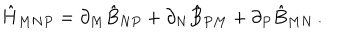
LaTeX: \hat { H } _ { M N P } = \partial _ { M } \hat { B } _ { N P } + \partial _ { N } \hat { B } _ { P M } + \partial _ { P } \hat { B } _ { M N } \, .